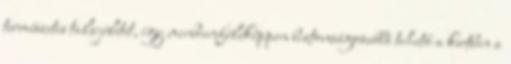
természetes talajéletet, így mindenféleképpen biztonságosabbá tehető a kertben a